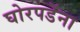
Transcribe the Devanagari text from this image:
घोरपडेंना